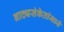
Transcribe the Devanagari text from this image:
नाट्यसंकेतांमध्ये